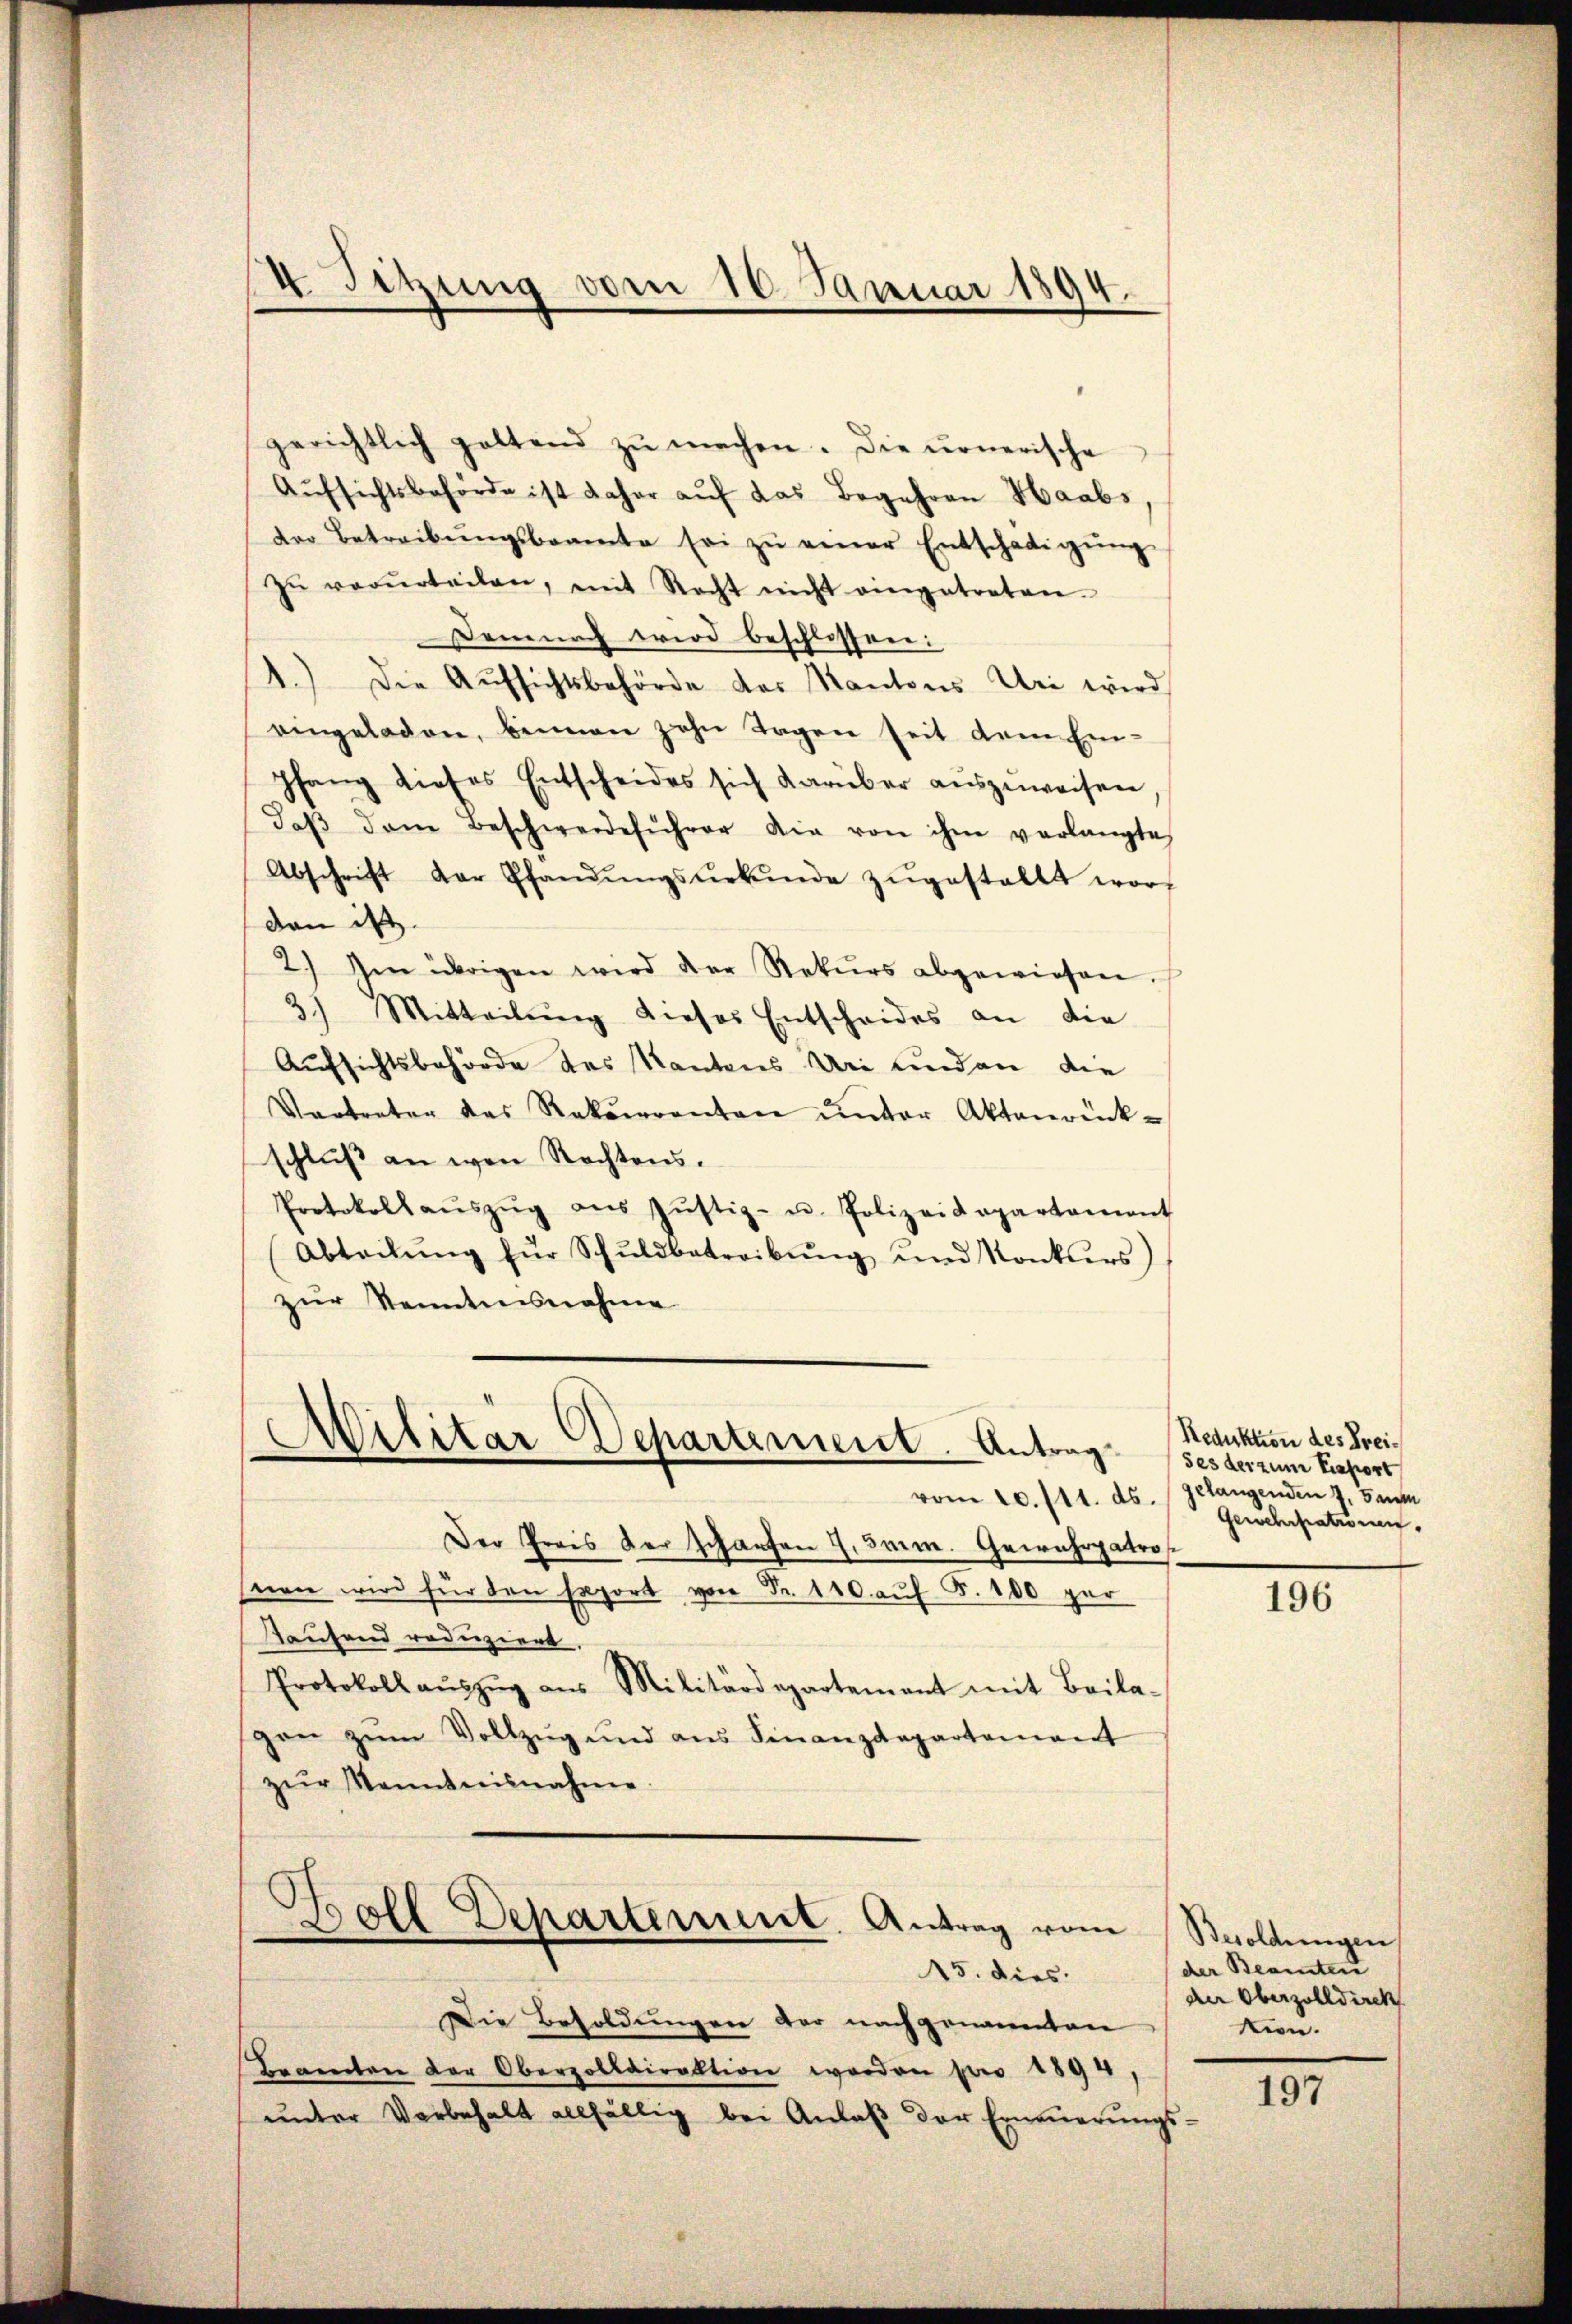
4. Sitzung vom 10. Januar 1894.

gerichtlich geltend zŭ machen. Die urnerische
Aŭfsichtsbehörde ist daher aŭf das Begehren Haabs,
der Betreibŭngsbeamte sei zŭ einer Entschädigŭng
zŭ verurteilen, mit Recht nicht eingetreten.
Demnach wird beschlossen:
1.) Die Aŭfsichtsbehörde des Kantons Uri wird
eingeladen, beimen zehn Tagen seit dem Ein-
Pfang dieses Entscheides sich darüber auszuweisen
daβ dem Beschwerdeführer die von ihm verlangte
Abschrift der Pfandŭngsŭrkŭnde zŭgestallt wor
dan ist.
2.) Im übrigen wird der Rekŭrs abgewiesen.
3) Mitteilŭng dieses Entscheides an die
Aufsichtsbehörde des Kantons Uri und an die
Vertreter das Rekurrenten ŭnter Aktenrück-
schluß an von Rechtens.
Protokollaŭszŭg aŭs Jŭstiz- u. Polizeidepartament
Abteilŭng für Schŭldbetreibŭng ŭnd Konkurs)
zur Kenntnisnahme

Militär Departement. Antrag

Der Prais der scharfen 7. Jan. Gewahrgatronen wird für den Export von Fr. 140. auf §. 100 per
Taufend reduziert,
Protokoll aŭszŭg aŭs Militärdepartement mit Beila-
pen zŭm Vollzŭg und ans Finanzdepartement
zŭr Kenntnisnahme
Boll Departement. Antrag vom

15. dies
Die Besoldungen der nachgenannten
Beamten der Oberzolldirektion worden pro 1894
ŭnter Vorbehalt allfällig bei Anlaβ der Erneŭerŭngs-

Reduktion des Freises der zum Traport
vom 20. 111. ds. gelangenden 7. Sem
Gewehrpatronen.

196

Besoldungen
der Beamten
der Oberzolldirek
kion.

197